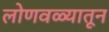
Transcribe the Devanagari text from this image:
लोणवळ्यातून